Vaccination in Bombay 1874-1876 - 1874-1876
Year: 1874
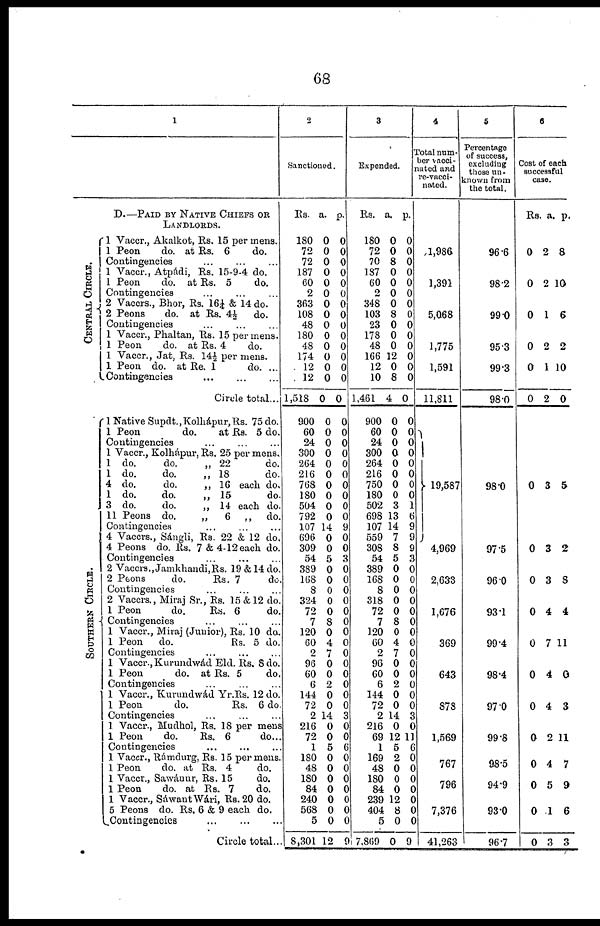
68
1
D.—PAID BY NATIVE CHIEFS OR
LANDLORDS.
CENTRAL CIRCLE.
SOUTHERN CIRCLE.
1 Vaccr., Akalkot, Rs. 15 per mens.
1 Peon
do. at Rs. 6
do.
Contingencies
...
...
...
1 Vaccr., Atpádi, Rs. 15-9-4 do.
1 Peon
do. at Rs. 5
do.
Contingencies ... ... ...
2 Vaccrs., Bhor, Rs. 16¼, & 14 do.
2 Peons
do. at Rs. 4½
do.
Contingencies ... ...
1 Vaccr., Phaltan, Rs. 15 per mens.
1 Peon
do. at Rs. 4
do.
1 Vaccr., Jat, Rs. 14½ per mens.
1 Peon do. at Re. 1
do. ...
Contingencies
...
...
...
Circle total...
1 Native Supdt.,Kolhápur,Rs. 75 do.
1 Peon
do.
at Rs. 5 do.
Contingencies ... ... ...
1 Vaccr., Kolhápur, Rs. 25 per mens.
1 do.
do.
„ 22
do.
1 do.
do.
„ 18
do.
4 do.
do.
„ 16 each do.
1 do.
do.
„ 15
do.
3 do.
do.
„ 14 each do.
11 Peons do.
„
6 „
do.
Contingencies
...
...
...
4 Vaccrs., Sángli, Rs. 22 & 12 do.
4 Peons do. Rs. 7 & 4-12 each do.
Contingencies ... ... ...
2 Vaccrs., Jamkhandi, Rs. 19 & 14 do.
2 Peons
do.
Rs. 7
do
Contingencies ... ... ...
2 Vaccrs., Miraj Sr., Rs. 15&12 do.
1 Peon
do.
Rs. 6
do.
Contingencies
1 Vaccr., Miraj (Junior), Rs. 10 do.
1 Peon
do.
Rs. 5 do.
Contingencies ... ... ...
1 Vaccr., Kurundwád Eld. Rs. 8 do.
1 Peon
do. at Rs. 5
do.
Contingencies
1 Vaccr., Kurundwád Yr.Rs. 12 do.
1 Peon
do.
Rs. 6 do
Contingencies ... ... ...
1 Vaccr., Mudhol, Rs. 18 per mens
1 Peon
do.
Rs. 6
do..
Contingencies ... ... ...
1 Vaccr., Rámdurg, Rs. 15 per mens
1 Peon
do. at Rs. 4
do.
1 Vaccr., Sawánur, Rs. 15
do.
1 Peon
do. at Rs. 7
do.
1 Vaccr., Sáwant Wári, Rs. 20 do.
5 Peons do. Rs. 6 & 9 each do.
Contingencies
...
...
...
Circle total..
2
Sanctioned.
Rs.
180
72
72
187
60
2
363
108
48
180
48
174
12
12
1,518
900
60
24
300
264
216
768
180
504
792
107
696
309
54
389
168
8
324
72
7
120
60
2
96
60
6
144
72
2
216
72
1
180
48
180
84
240
568
5
8,301
a.
0
0
0
0
0
0
0
0
0
0
0
0
0
0
0
0
0
0
0
0
0
0
0
0
0
14
0
0
5
0
0
0
0
0
8
0
4
7
0
0
2
0
0
14
0
0
5
0
0
0
0
0
0
0
12
p.
0
0
0
0
0
0
0
0
0
0
0
0
0
0
0
0
0
0
0
0
0
0
0
0
0
9
0
0
3
0
0
0
0
0
0
0
0
0
0
0
0
0
0
3
0
0
6
0
0
0
0
0
0
0
9
3
Expended.
Rs.
180
72
70
137
60
2
348
103
23
178
48
166
12
10
1,461
900
60
24
300
264
216
750
180
502
698
107
559
308
54
389
168
8
318
72
7
120
60
2
96
60
6
144
72
2
216
69
1
169
48
180
84
239
404
5
7,869
a.
0
0
8
0
0
0
0
8
0
0
0
12
0
8
4
0
0
0
0
0
0
0
0
3
13
14
7
8
5
0
0
0
0
0
8
0
4
7
0
0
2
0
0
14
0
12
5
2
0
0
0
12
8
0
0
p.
0
0
0
0
0
0
0
0
0
0
0
0
0
0
0
0
0
0
0
0
0
0
0
1
6
9
9
9
3
0
0
0
0
0
0
0
0
0
0
0
0
0
0
3
0
11
6
0
0
0
0
0
0
0
9
4
Total num-
ber vancci¬
nated and
re-vacci¬
nated.
1,986
1,391
5,068
1,775
1,591
11,811
19,587
4,969
2,633
1,676
369
643
878
1,569
767
796
7,376
41,263
5
Percentage
of success,
excluding
those un-
known from
the total.
96.6
98.2
99.0
95.3
99.3
98.0
98.0
97.5
96.0
93.1
99.4
98.4
97.0
99.8
98.5
94.9
93.0
96.7
6
Cost of each
successful
case.
Rs
0
0
0
0
0
0
0
0
0
0
0
0
0
0
0
0
0
0
a.
2
2
1
2
1
2
3
3
3
4
7
4
4
2
4
5
1
3
p.
8
10
6
2
10
0
5
2
8
4
11
0
3
11
7
9
6
3